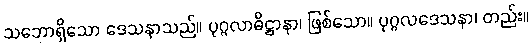
သဘောရှိသော ဒေသနာသည်။ ပုဂ္ဂလာဓိဋ္ဌာနာ၊ ဖြစ်သော။ ပုဂ္ဂလဒေသနာ၊ တည်း။